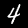
Label: 4